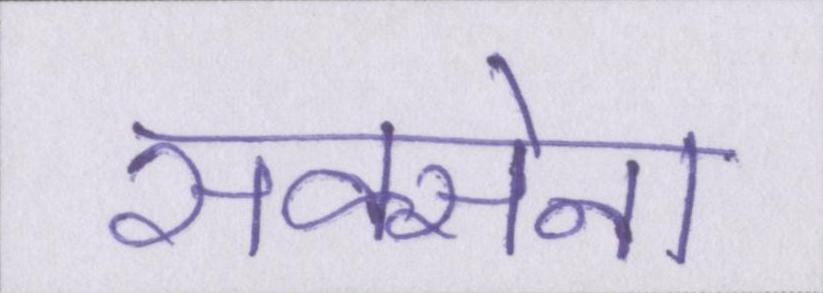
सक्सेना